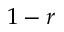
1 - r